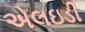
એલઇડી